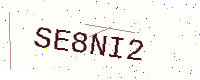
Text: SE8NI2